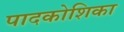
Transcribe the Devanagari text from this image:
पादकोशिका